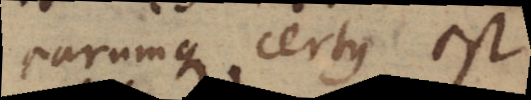
earumque certus est